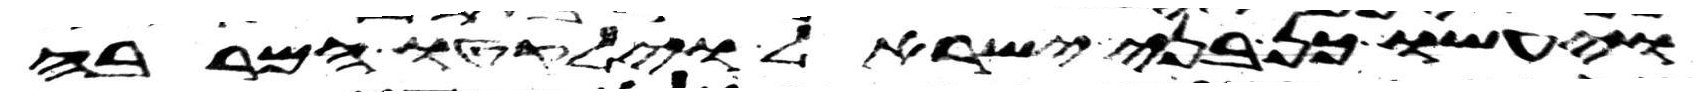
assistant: ויעשו כן בני ישראל וילקטו המרבה